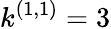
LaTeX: k^{(1,1)}=3